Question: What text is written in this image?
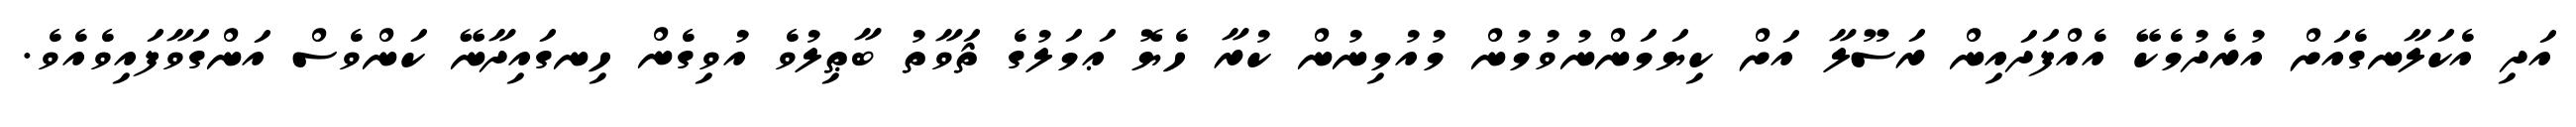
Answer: އަދި އެކަލާނގެއަށް އުރެދުމެކޭ އެއްފަދައިން ރަސޫލާ އަށް ކިޔަމަންނުވުމުން މުއުމިނުން ކުރާ ހެޔޮ ޢަމަލުގެ ޘަވާތު ބާޠިލުވެ އުވިގެން ހިނގައިދާނޭ ކަންވެސް އަންގަވާފައިވެއެވެ.